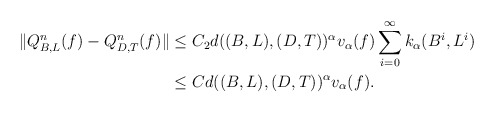
\begin{align*}\|Q_{B,L}^n(f) - Q_{D,T}^n(f)\| &\leq C_2 d((B,L),(D,T))^\alpha v_\alpha (f) \sum_{i=0}^{\infty} k_\alpha(B^i,L^i) \\&\leq C d((B,L),(D,T))^\alpha v_\alpha(f).\end{align*}